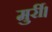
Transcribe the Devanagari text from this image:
मुर्री।